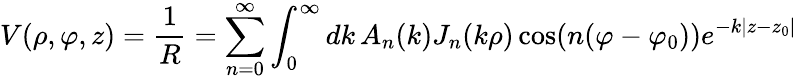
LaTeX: V(\rho,\varphi,z)={\frac{1}{R}}=\sum_{n=0}^{\infty}\int_{0}^{\infty}dk\, A_{n}(k)J_{n}(k\rho)\cos(n(\varphi-\varphi_{0}))e^{-k|z-z_{0}|}